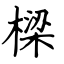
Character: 樑